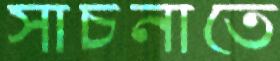
সাচনাতে